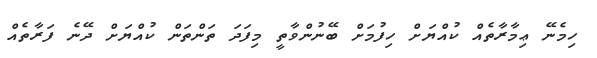
ހިމެނޭ ޢިމާރާތެއް ކުއްޔަށް ހިފުމަށް ބޭނުންވާތީ މިފަދަ ތަންތަން ކުއްޔަށް ދޭނެ ފަރާތެއް